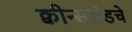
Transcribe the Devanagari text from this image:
क्वीन्सलंडचे